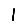
Digit: 1